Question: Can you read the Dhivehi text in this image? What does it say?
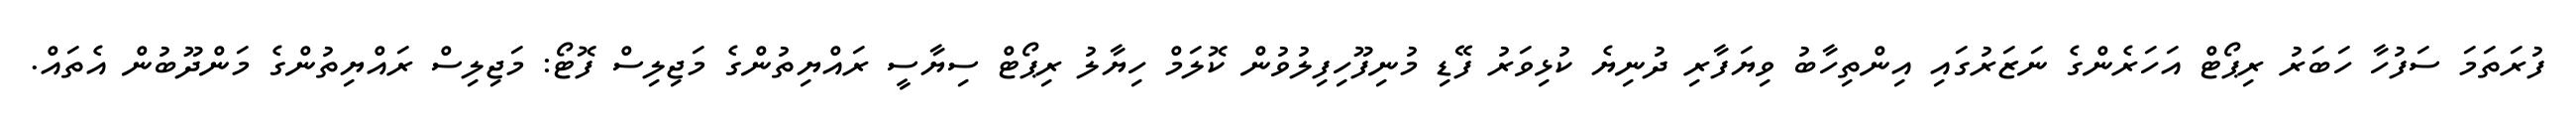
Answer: ފުރަތަމަ ސަފުހާ ހަބަރު ރިޕޯޓް އަހަރެންގެ ނަޒަރުގައި އިންތިހާބު ވިޔަފާރި ދުނިޔެ ކުޅިވަރު ފޭޑި މުނިފޫހިފިލުވުން ކޮލަމް ހިޔާލު ރިޕޯޓް ސިޔާސީ ރައްޔިތުންގެ މަޖިލިސް ފޮޓޯ: މަޖިލިސް ރައްޔިތުންގެ މަންދޫބުން އެތައް.